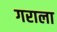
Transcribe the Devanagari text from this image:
गराला